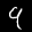
Label: 9